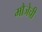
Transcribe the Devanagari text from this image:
मौजेची